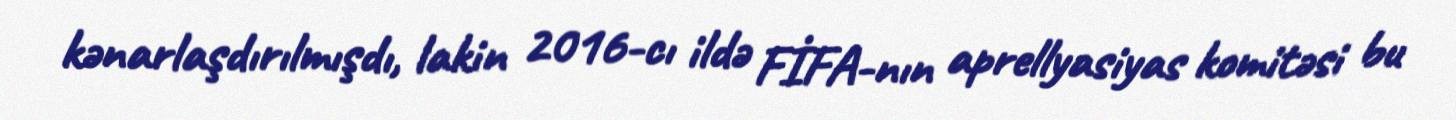
kənarlaşdırılmışdı, lakin 2016-cı ildə FİFA-nın aprellyasiyas komitəsi bu